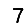
Digit: 7